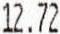
12.72